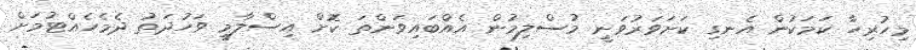
މިހުރިހާ ކަމަކުން އެނގި ކަށަވަރުވަނީ މުސްލިމުން އެއްބައިވަންތަ ކޮށް އިސްލާމީ ވަހުދަތު ދެމެހެއްޓުމަށް